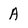
Character: A